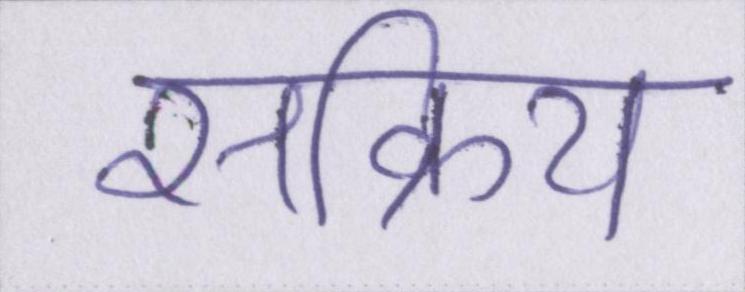
सक्रिय